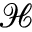
\mathcal { H }